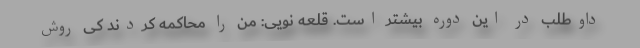
داوطلب در این دوره بیشتر است. قلعه نویی: من را محاکمه کردند کی روش